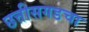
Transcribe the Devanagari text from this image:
छत्तीसगडचा